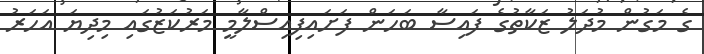
ގެ މަގުން މުދަލު ޒަކާތުގެ ފައިސާ ބަހަން ފަށައިފިއިސްލާމީ މަރުކަޒުގައި މިދިޔަ އަހަރު